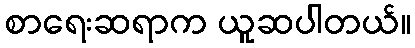
စာရေးဆရာက ယူဆပါတယ်။